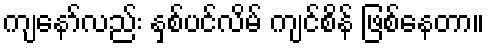
ကျနော်လည်း နှစ်ပင်လိမ် ကျင်စိန် ဖြစ်နေတာ။